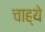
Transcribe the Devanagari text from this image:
चाह्ये